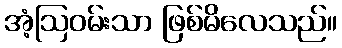
အံ့ဩဝမ်းသာ ဖြစ်မိလေသည်။